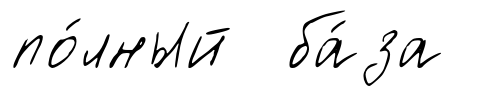
по́лный ба́за